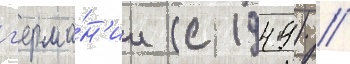
г'ерма́н'ии (с 1949) //